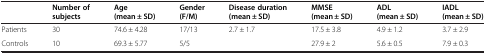
|  | Number of subjects | Age (mean ± SD) | Gender (F/M) | Disease duration (mean ± SD) | MMSE (mean ± SD) | ADL (mean ± SD) | IADL (mean ± SD) |
 | --- | --- | --- | --- | --- | --- | --- | --- |
 | Patients | 30 | 74.6 ± 4.28 | 17/13 | 2.7 ± 1.7 | 17.5 ± 3.8 | 4.9 ± 1.2 | 3.7 ± 2.9 |
 | Controls | 10 | 69.3 ± 5.77 | 5/5 |  | 27.9 ± 2 | 5.6 ± 0.5 | 7.9 ± 0.3 |